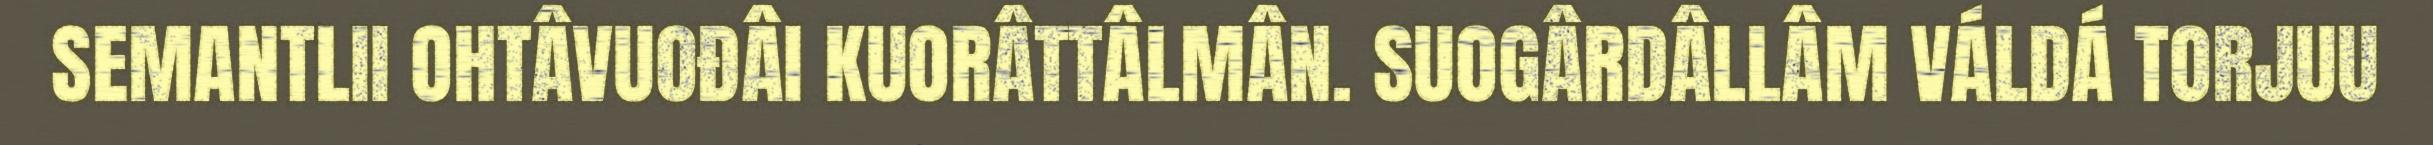
SEMANTLII OHTÂVUOĐÂI KUORÂTTÂLMÂN. SUOGÂRDÂLLÂM VÁLDÁ TORJUU